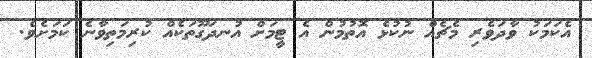
އެކަމަކު ވާދަވެރި މެޗެއް ނުކުޅެ އޮތުމުން އެ ޓީމަށް އުނދަގޫތަކެއް ކުރިމަތިވާނެ ކަމަށެވެ.